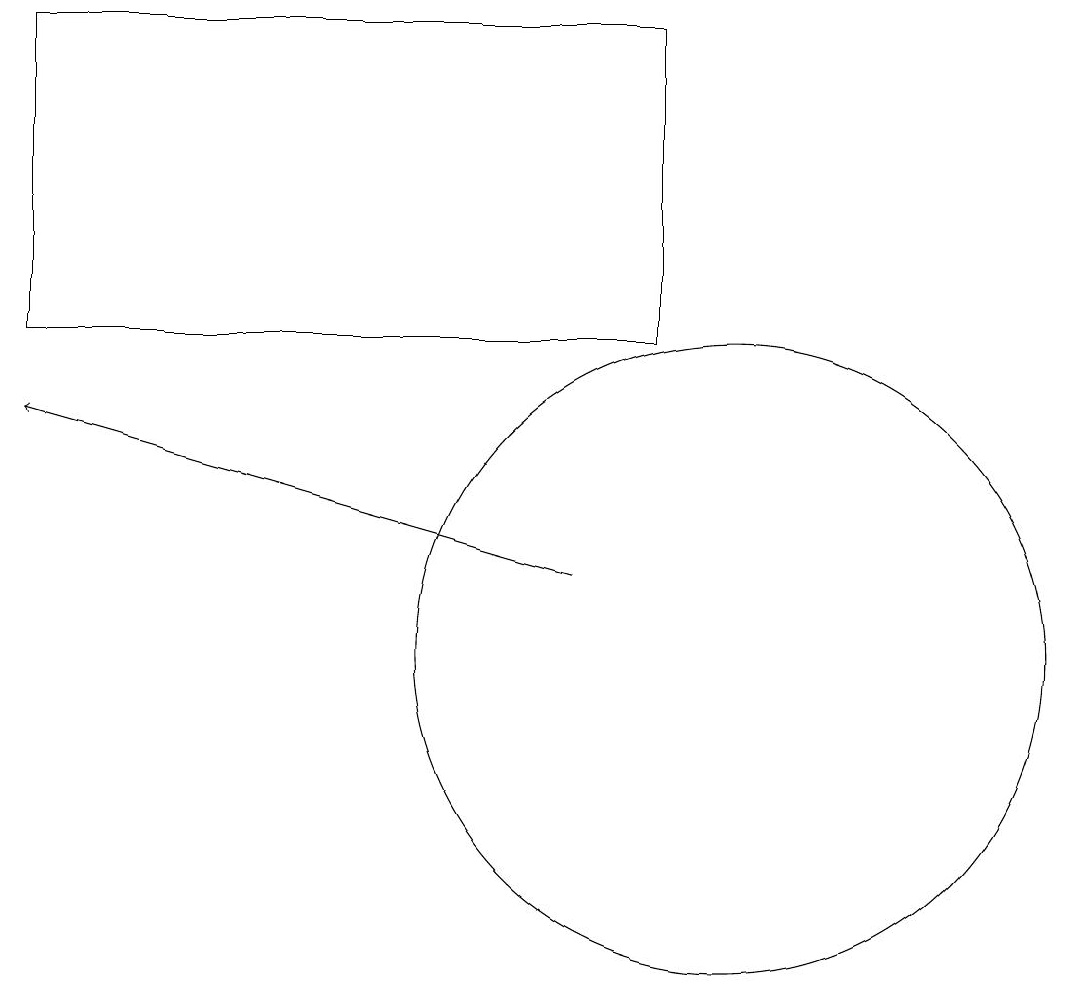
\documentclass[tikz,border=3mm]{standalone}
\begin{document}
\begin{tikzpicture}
\draw[->] (8,11) -- (1,13);
\draw (10,10) circle (4);
\draw (1,18) rectangle (9,14);
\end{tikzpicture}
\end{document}